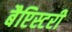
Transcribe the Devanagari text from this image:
बैप्टिस्टरी